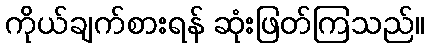
ကိုယ်ချက်စားရန် ဆုံးဖြတ်ကြသည်။